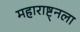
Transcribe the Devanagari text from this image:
महाराष्ट्नला